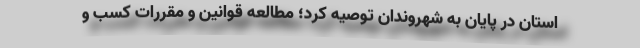
استان در پایان به شهروندان توصیه کرد؛ مطالعه قوانین و مقررات کسب و